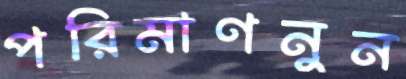
পরিমাণনুন